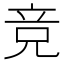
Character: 竞